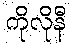
ကိုလိုနီ